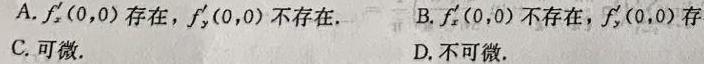
A. $f_{x}'(0,0)$存在，$f_{y}'(0,0)$不存在.
B. $f_{x}'(0,0)$不存在，$f_{y}'(0,0)$存在.
C. 可微.
D. 不可微.